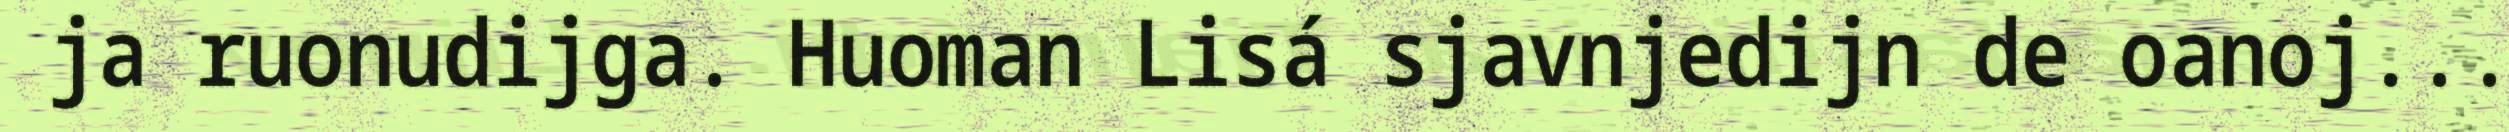
ja ruonudijga. Huoman Lisá sjavnjedijn de oanoj...